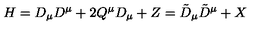
H = D _ { \mu } D ^ { \mu } + 2 Q ^ { \mu } D _ { \mu } + Z = \tilde { D } _ { \mu } \tilde { D } ^ { \mu } + X